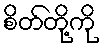
စိတ်တို့ကို